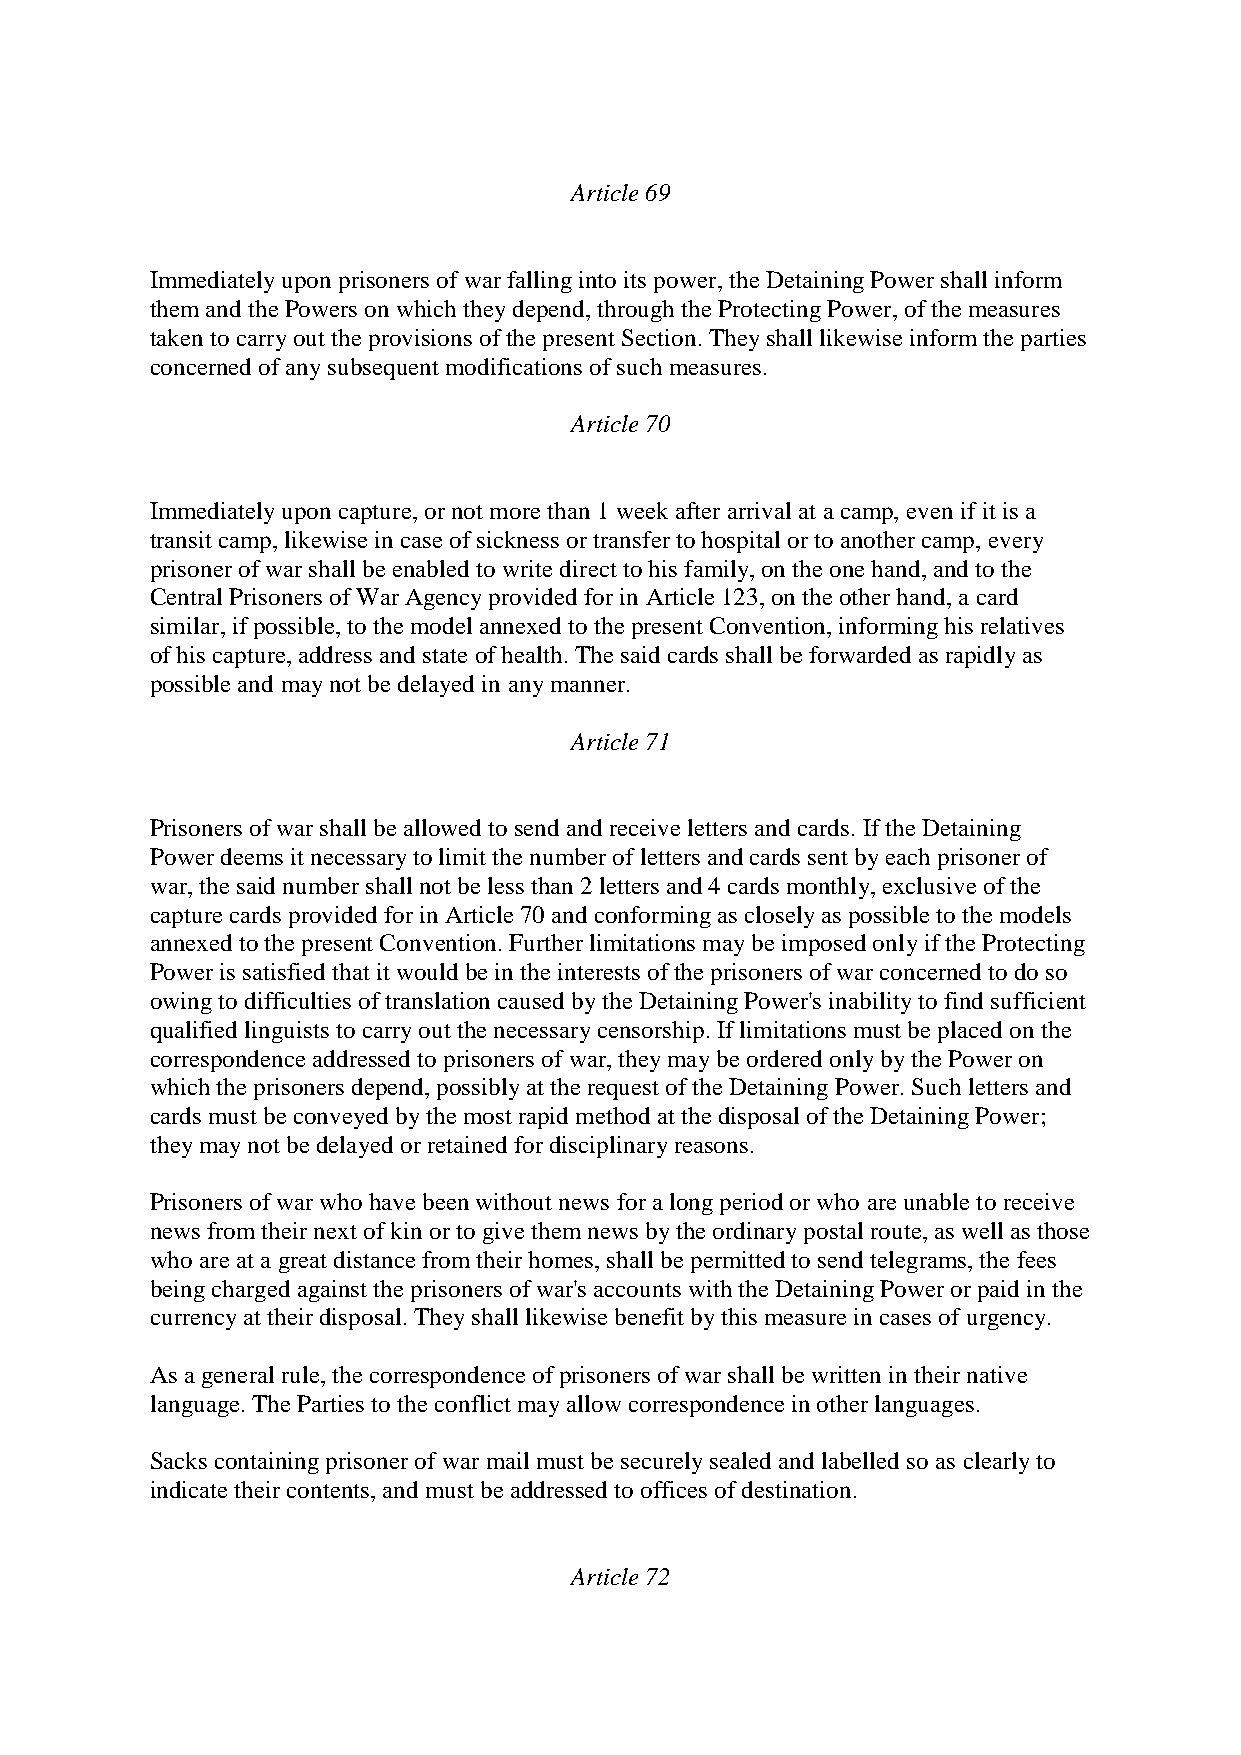
Article 69
 Immediately upon prisoners of war falling into its power, the Detaining Power shall inform
 them and the Powers on which they depend, through the Protecting Power, of the measures
 taken to carry out the provisions of the present Section. They shall likewise inform the parties
 concerned of any subsequent modifications of such measures.
 Article 70
 Immediately upon capture, or not more than 1 week after arrival at a camp, even if it is a
 transit camp, likewise in case of sickness or transfer to hospital or to another camp, every
 prisoner of war shall be enabled to write direct to his family, on the one hand, and to the
 Central Prisoners of War Agency provided for in Article 123, on the other hand, a card
 similar, if possible, to the model annexed to the present Convention, informing his relatives
 of his capture, address and state of health. The said cards shall be forwarded as rapidly as
 possible and may not be delayed in any manner.
 Article 71
 Prisoners of war shall be allowed to send and receive letters and cards. If the Detaining
 Power deems it necessary to limit the number of letters and cards sent by each prisoner of
 war, the said number shall not be less than 2 letters and 4 cards monthly, exclusive of the
 capture cards provided for in Article 70 and conforming as closely as possible to the models
 annexed to the present Convention. Further limitations may be imposed only if the Protecting
 Power is satisfied that it would be in the interests of the prisoners of war concerned to do so
 owing to difficulties of translation caused by the Detaining Power's inability to find sufficient
 qualified linguists to carry out the necessary censorship. If limitations must be placed on the
 correspondence addressed to prisoners of war, they may be ordered only by the Power on
 which the prisoners depend, possibly at the request of the Detaining Power. Such letters and
 cards must be conveyed by the most rapid method at the disposal of the Detaining Power;
 they may not be delayed or retained for disciplinary reasons.
 Prisoners of war who have been without news for a long period or who are unable to receive
 news from their next of kin or to give them news by the ordinary postal route, as well as those
 who are at a great distance from their homes, shall be permitted to send telegrams, the fees
 being charged against the prisoners of war's accounts with the Detaining Power or paid in the
 currency at their disposal. They shall likewise benefit by this measure in cases of urgency.
 As a general rule, the correspondence of prisoners of war shall be written in their native
 language. The Parties to the conflict may allow correspondence in other languages.
 Sacks containing prisoner of war mail must be securely sealed and labelled so as clearly to
 indicate their contents, and must be addressed to offices of destination.
 Article 72